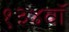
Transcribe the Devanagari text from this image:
१३४वॉ